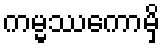
ကမ္မဿကောမှိ